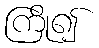
ကြို၍